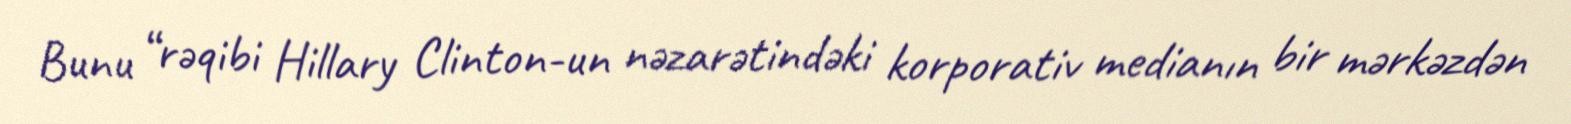
Bunu “rəqibi Hillary Clinton-un nəzarətindəki korporativ medianın bir mərkəzdən